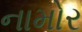
નામોર